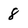
Character: 8